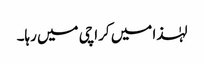
لہٰذا میں کراچی میں رہا۔